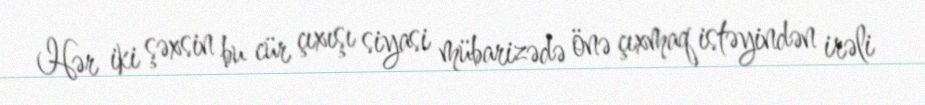
Hər iki şəxsin bu cür çıxışı siyasi mübarizədə önə çıxmaq istəyindən irəli